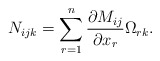
\begin{align*} N_{ijk}=\sum_{r=1}^n \frac{\partial M_{ij}}{\partial x_r} \Omega_{rk}. \end{align*}